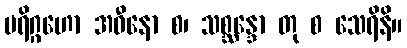
ပရိဂ္ဂဟော အဓီနော စ၊ သစ္ဆန္ဒော တု စ သေရိနိ။